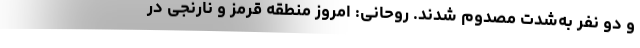
و دو نفر به‌شدت مصدوم‌ شدند. روحانی: امروز منطقه قرمز و نارنجی در